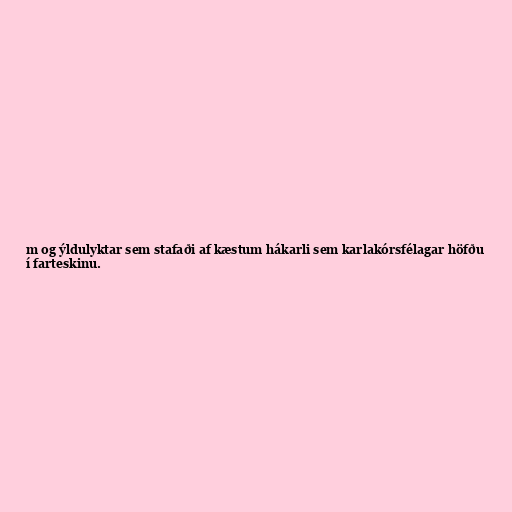
m og ýldulyktar sem stafaði af kæstum hákarli sem karlakórsfélagar höfðu
í farteskinu.